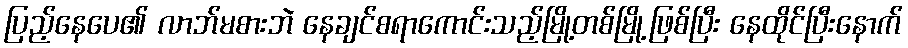
ပြည့်နေပေ၏ လာဘ်မစားဘဲ နေချင်စရာကောင်းသည့်မြို့တစ်မြို့ဖြစ်ပြီး နေထိုင်ပြီးနောက်